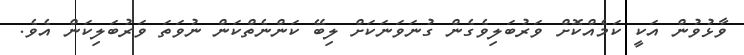
ވާޅުވުން އަކީ ކަމެއްކޮށް ވަރުބަލިވެގެން ގުނަވަނަކަށް ލިބޭ ކަންނެތްކަން ނުވަތަ ވަރުބަލިކަން އެވެ.